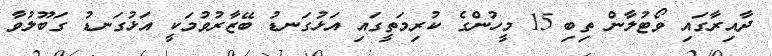
ދާއިރާގައި ވޯޓުލާން ތިބި 15 މީހުންގެ ކުރިމަތީގައި އަޅުގަނޑު ބޭޒާރުވުމަކީ އަޅުގަނޑު ގަބޫލުވާ